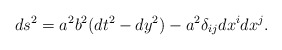
\begin{align*}ds^2 = a^2 b^2(dt^2 - dy^2) - a^2 \delta_{ij}dx^i dx^j.\end{align*}